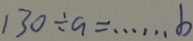
1 3 0 \div a = \cdots b